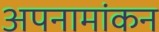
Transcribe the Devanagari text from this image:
अपनामांकन